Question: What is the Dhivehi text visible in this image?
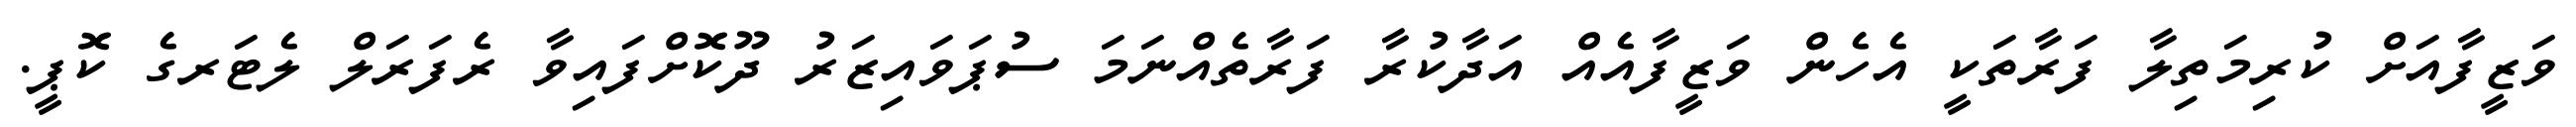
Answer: ވަޒީފާއަށް ކުރިމަތިލާ ފަރާތަކީ އެހެން ވަޒީފާއެއް އަދާކުރާ ފަރާތެއްނަމަ ސުޕަވައިޒަރު ދޫކޮށްފައިވާ ރެފަރަލް ލެޓަރގެ ކޮޕީ.